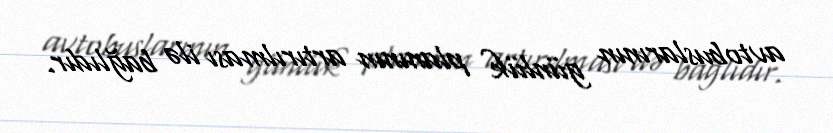
avtobuslarının günlük planının artırılması ilə bağlıdır.